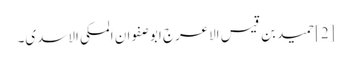
[2] حمید بن قیس الاعرج ابو صفوان المکی الاسدی۔